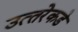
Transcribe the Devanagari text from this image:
उत्‍तरेकडे